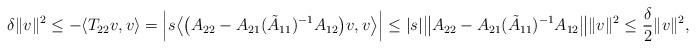
LaTeX: \begin{align*}\delta\|v\|^2\leq -\langle T_{22}v,v\rangle=\Big|s\big\langle \big(A_{22}-A_{21}(\tilde{A}_{11})^{-1}A_{12}\big)v,v\big\rangle\Big|\leq |s|\big\|A_{22}-A_{21}(\tilde{A}_{11})^{-1}A_{12}\big\|\|v\|^2\leq \frac{\delta}{2}\|v\|^2,\end{align*}